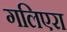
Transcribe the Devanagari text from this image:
गलिएरा